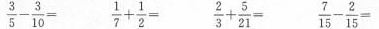
$$\frac{3}{5}- \frac{3}{10}=$$ $$\frac{1}{7}+ \frac{1}{2}=$$ $$\frac{2}{3}+ \frac{5}{21}=$$ $$\frac{7}{15}- \frac{2}{15}=$$